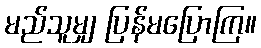
မည်သူမျှ ပြန်မပြောကြ။